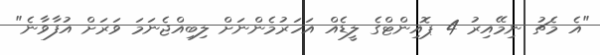
"އެ މެޗު ނިމޭއިރު 4 ޕޮއިންޓްގެ ލީޑެއް އަހަރުމެންނަށް ލިބިއްޖެނަމަ ވަރަށް އުފާވާނެ"